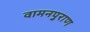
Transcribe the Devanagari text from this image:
वामनपुराण